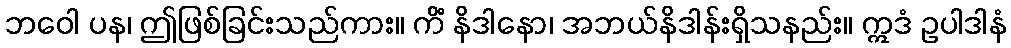
ဘဝေါ ပန၊ ဤဖြစ်ခြင်းသည်ကား။ ကိံ နိဒါနော၊ အဘယ်နိဒါန်းရှိသနည်း။ ဣဒံ ဥပါဒါနံ